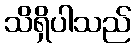
သိရှိပါသည်